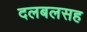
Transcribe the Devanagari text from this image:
दलबलसह